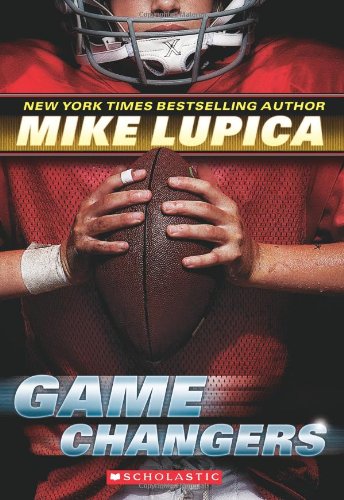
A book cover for Game Changers: Book 1; Mike Lupica; Children's Books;